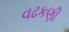
વઢકણી